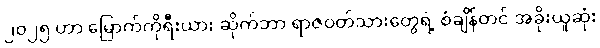
၂၀၂၅ ဟာ မြောက်ကိုရီးယား ဆိုက်ဘာ ရာဇဝတ်သားတွေရဲ့ စံချိန်တင် အခိုးယူဆုံး